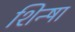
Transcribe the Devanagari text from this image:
शिन्षा